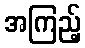
အကြည့်